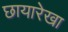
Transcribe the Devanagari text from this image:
छायारेखा